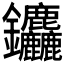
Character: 𮣱